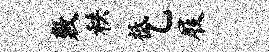
敷秩祗乙屐